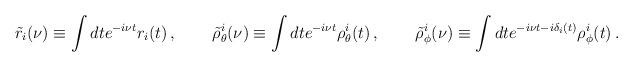
LaTeX: \begin{align*}\tilde r_i(\nu) \equiv \int dt e^{-i\nu t} r_i(t) \,,\kern 0.35 in\tilde\rho_\theta^i(\nu) \equiv \int dt e^{-i\nu t} \rho_\theta^i(t) \,,\kern 0.35 in\tilde\rho_\phi^i(\nu) \equiv \int dt e^{-i\nu t - i\delta_i(t)} \rho_\phi^i(t) \,.\end{align*}